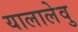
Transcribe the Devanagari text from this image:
यालालेवु